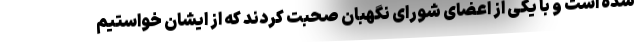
شده است و با یکی از اعضای شورای نگهبان صحبت کردند که از ایشان خواستیم